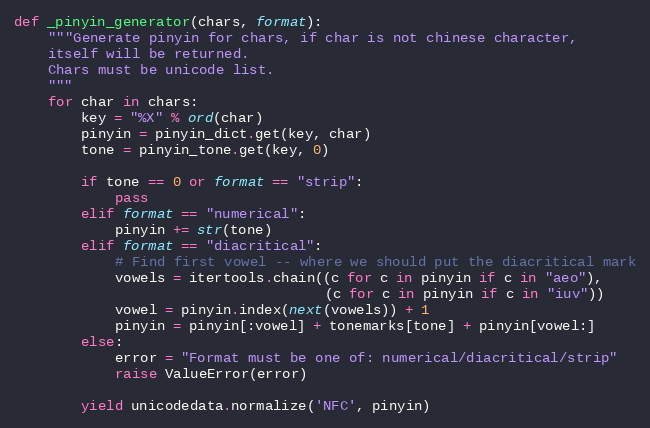
Language: Python
def _pinyin_generator(chars, format):
    """Generate pinyin for chars, if char is not chinese character,
    itself will be returned.
    Chars must be unicode list.
    """
    for char in chars:
        key = "%X" % ord(char)
        pinyin = pinyin_dict.get(key, char)
        tone = pinyin_tone.get(key, 0)

        if tone == 0 or format == "strip":
            pass
        elif format == "numerical":
            pinyin += str(tone)
        elif format == "diacritical":
            # Find first vowel -- where we should put the diacritical mark
            vowels = itertools.chain((c for c in pinyin if c in "aeo"),
                                     (c for c in pinyin if c in "iuv"))
            vowel = pinyin.index(next(vowels)) + 1
            pinyin = pinyin[:vowel] + tonemarks[tone] + pinyin[vowel:]
        else:
            error = "Format must be one of: numerical/diacritical/strip"
            raise ValueError(error)

        yield unicodedata.normalize('NFC', pinyin)